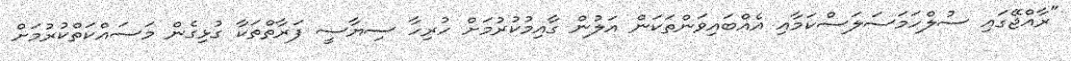
"ރާއްޖޭގައި ސުލްހަމަސަލަސްކަމާއި އެއްބައިވަންތަކަން އަލުން ގާއިމުކުރުމަށް ހުރިހާ ސިޔާސީ ފަރާތްތަކާ ގުޅިގެން މަސައްކަތްކުރުމަށް